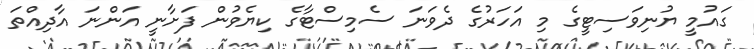
ގައުމީ ޔުނިވަސިޓީގެ މި އަހަރުގެ ދެވަނަ ސެމިސްޓާގެ ކިޔެވުން ފަށާނީ އަންނަ އާދިއްތަ